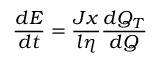
\frac { d E } { d t } = \frac { J x } { l \eta } \frac { d Q _ { T } } { d Q }